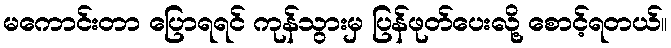
မကောင်းတာ ပြောရရင် ကုန်သွားမှ ပြန်ဖုတ်ပေးလို့ စောင့်ရတယ်။